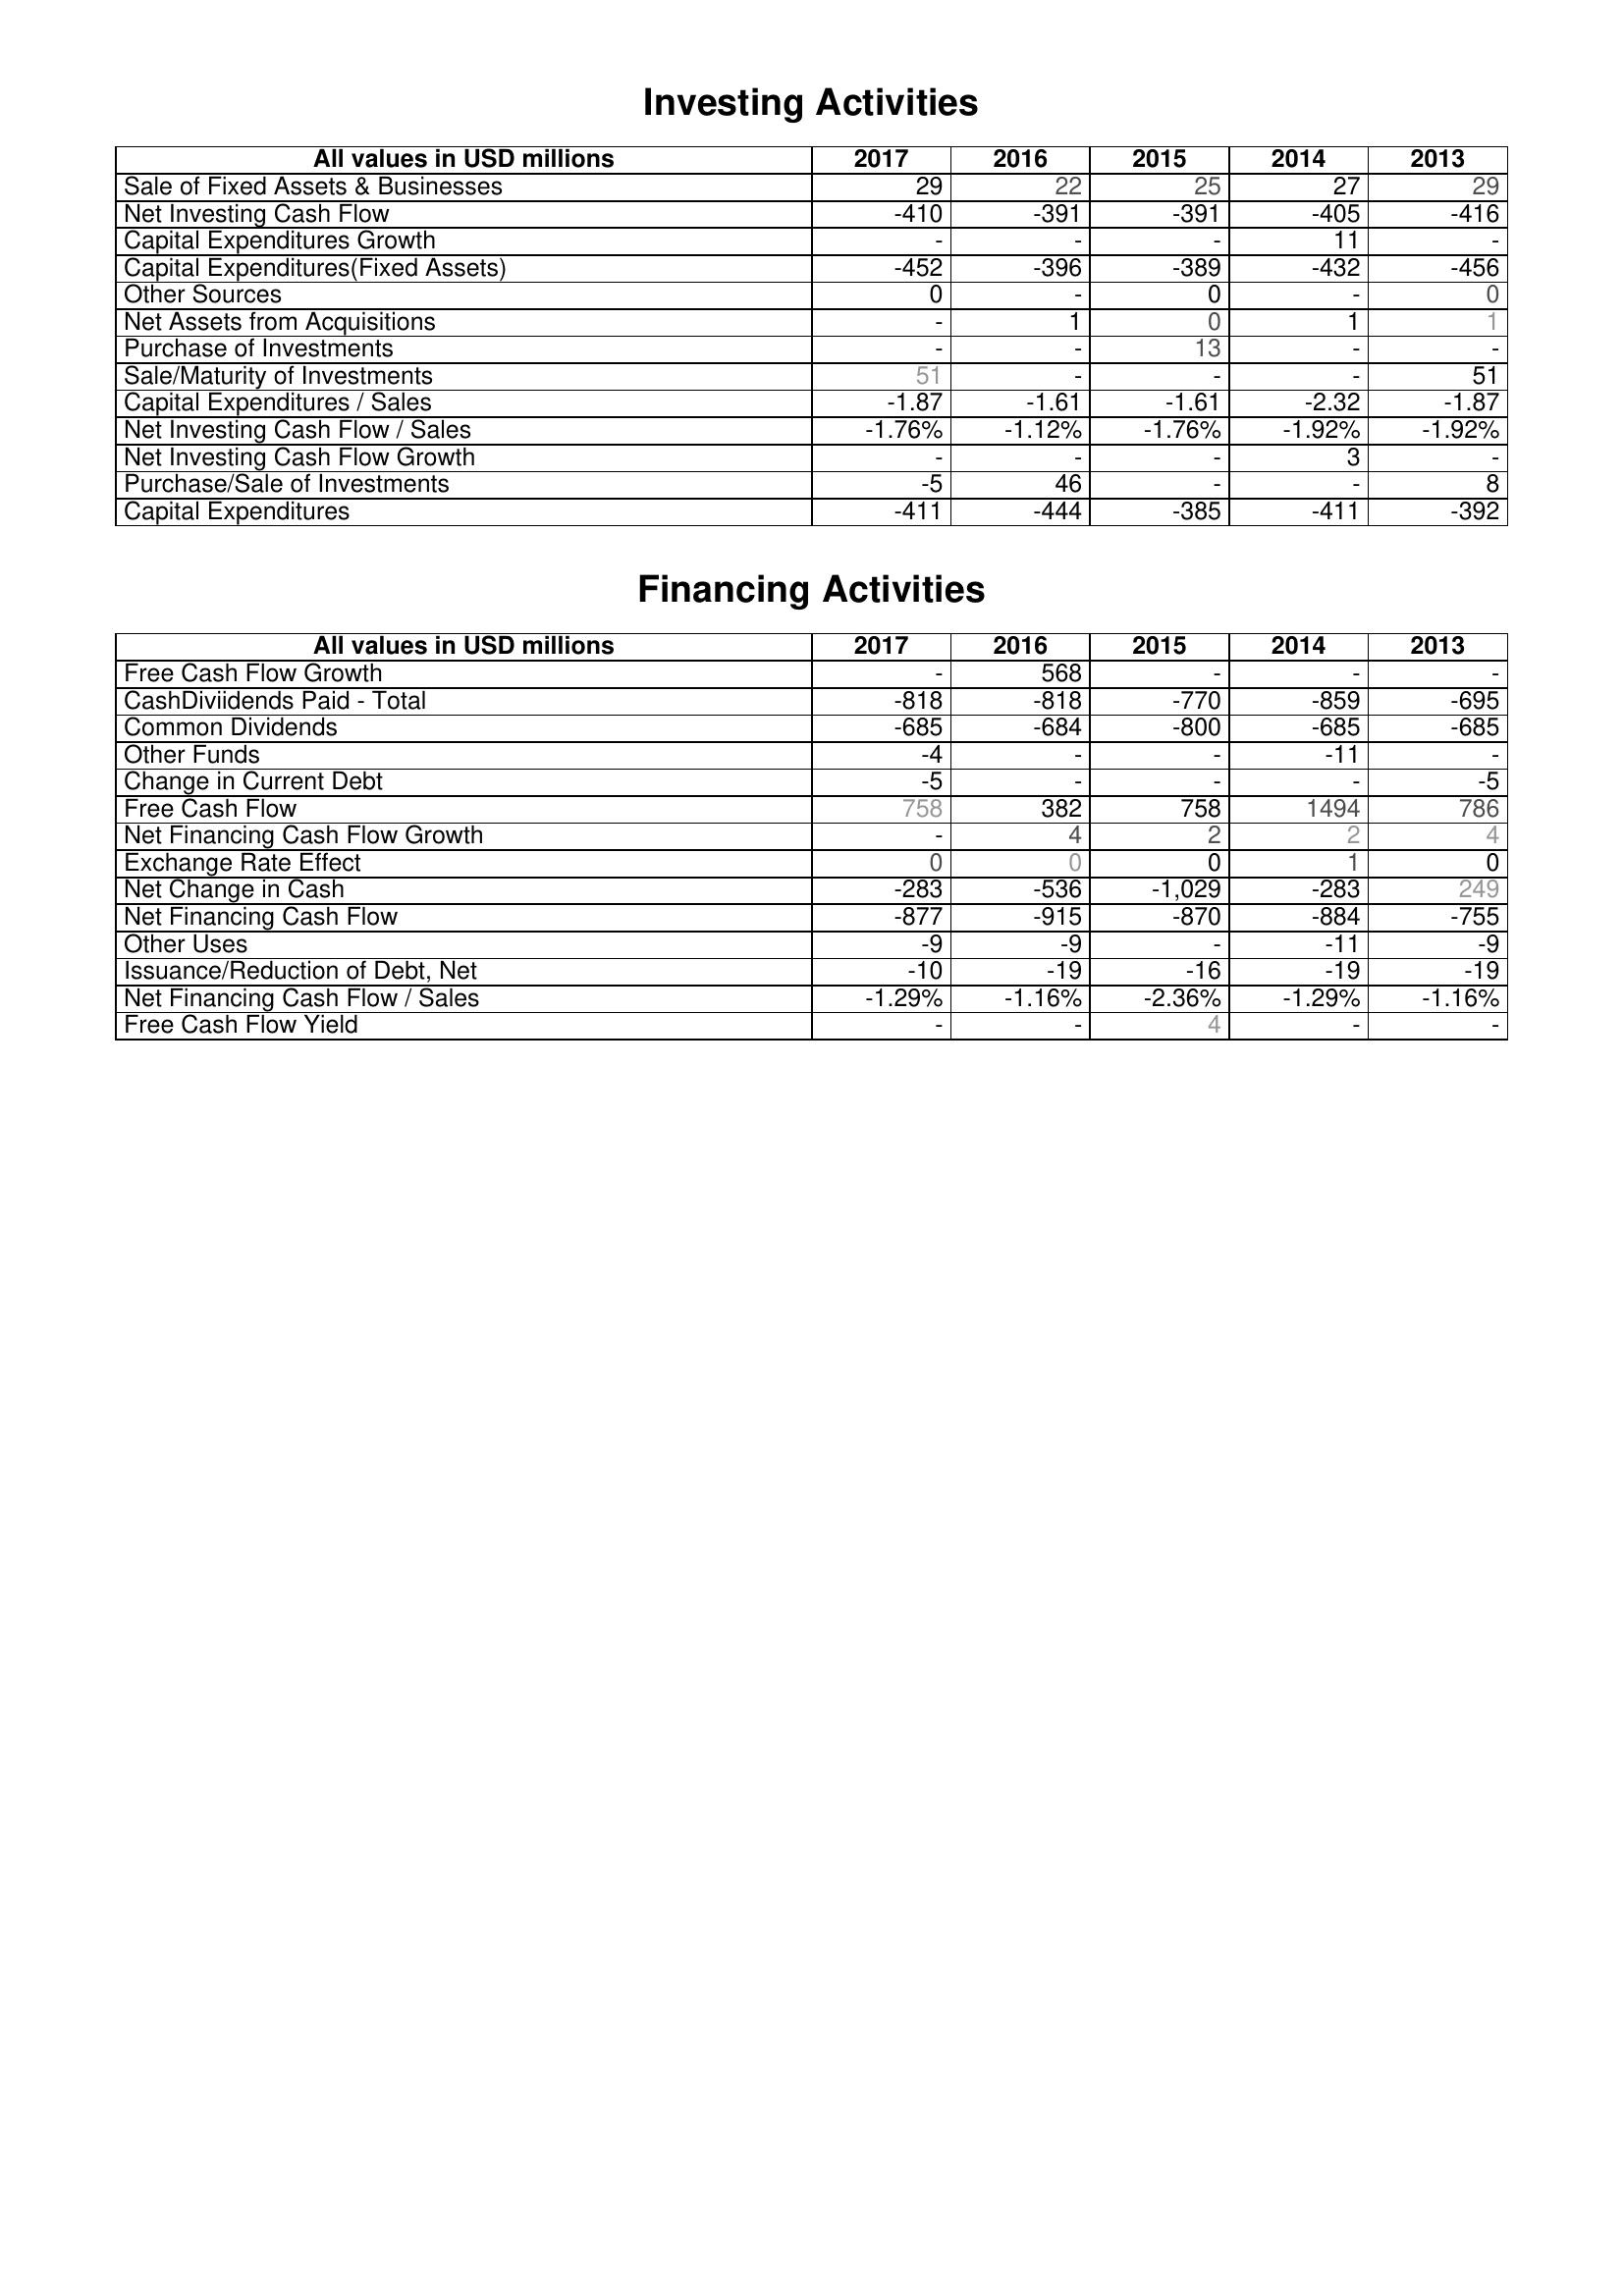
2017: Investing Activities: Sale of Fixed Assets & Businesses: 29
Net Investing Cash Flow: -410
Capital Expenditures Growth: -
Capital Expenditures(Fixed Assets): -452
Other Sources: 0
Net Assets from Acquisitions: -
Purchase of Investments: -
Sale/Maturity of Investments: 51
Capital Expenditures / Sales: -1.87
Net Investing Cash Flow / Sales: -1.76%
Net Investing Cash Flow Growth: -
Purchase/Sale of Investments: -5
Capital Expenditures: -411
Financing Activities: Free Cash Flow Growth: -
CashDiviidends Paid - Total: -818
Common Dividends: -685
Other Funds: -4
Change in Current Debt: -5
Free Cash Flow: 758
Net Financing Cash Flow Growth: -
Exchange Rate Effect: 0
Net Change in Cash: -283
Net Financing Cash Flow: -877
Other Uses: -9
Issuance/Reduction of Debt, Net: -10
Net Financing Cash Flow / Sales: -1.29%
Free Cash Flow Yield: -
2016: Investing Activities: Sale of Fixed Assets & Businesses: 22
Net Investing Cash Flow: -391
Capital Expenditures Growth: -
Capital Expenditures(Fixed Assets): -396
Other Sources: -
Net Assets from Acquisitions: 1
Purchase of Investments: -
Sale/Maturity of Investments: -
Capital Expenditures / Sales: -1.61
Net Investing Cash Flow / Sales: -1.12%
Net Investing Cash Flow Growth: -
Purchase/Sale of Investments: 46
Capital Expenditures: -444
Financing Activities: Free Cash Flow Growth: 568
CashDiviidends Paid - Total: -818
Common Dividends: -684
Other Funds: -
Change in Current Debt: -
Free Cash Flow: 382
Net Financing Cash Flow Growth: 4
Exchange Rate Effect: 0
Net Change in Cash: -536
Net Financing Cash Flow: -915
Other Uses: -9
Issuance/Reduction of Debt, Net: -19
Net Financing Cash Flow / Sales: -1.16%
Free Cash Flow Yield: -
2015: Investing Activities: Sale of Fixed Assets & Businesses: 25
Net Investing Cash Flow: -391
Capital Expenditures Growth: -
Capital Expenditures(Fixed Assets): -389
Other Sources: 0
Net Assets from Acquisitions: 0
Purchase of Investments: 13
Sale/Maturity of Investments: -
Capital Expenditures / Sales: -1.61
Net Investing Cash Flow / Sales: -1.76%
Net Investing Cash Flow Growth: -
Purchase/Sale of Investments: -
Capital Expenditures: -385
Financing Activities: Free Cash Flow Growth: -
CashDiviidends Paid - Total: -770
Common Dividends: -800
Other Funds: -
Change in Current Debt: -
Free Cash Flow: 758
Net Financing Cash Flow Growth: 2
Exchange Rate Effect: 0
Net Change in Cash: -1,029
Net Financing Cash Flow: -870
Other Uses: -
Issuance/Reduction of Debt, Net: -16
Net Financing Cash Flow / Sales: -2.36%
Free Cash Flow Yield: 4
2014: Investing Activities: Sale of Fixed Assets & Businesses: 27
Net Investing Cash Flow: -405
Capital Expenditures Growth: 11
Capital Expenditures(Fixed Assets): -432
Other Sources: -
Net Assets from Acquisitions: 1
Purchase of Investments: -
Sale/Maturity of Investments: -
Capital Expenditures / Sales: -2.32
Net Investing Cash Flow / Sales: -1.92%
Net Investing Cash Flow Growth: 3
Purchase/Sale of Investments: -
Capital Expenditures: -411
Financing Activities: Free Cash Flow Growth: -
CashDiviidends Paid - Total: -859
Common Dividends: -685
Other Funds: -11
Change in Current Debt: -
Free Cash Flow: 1494
Net Financing Cash Flow Growth: 2
Exchange Rate Effect: 1
Net Change in Cash: -283
Net Financing Cash Flow: -884
Other Uses: -11
Issuance/Reduction of Debt, Net: -19
Net Financing Cash Flow / Sales: -1.29%
Free Cash Flow Yield: -
2013: Investing Activities: Sale of Fixed Assets & Businesses: 29
Net Investing Cash Flow: -416
Capital Expenditures Growth: -
Capital Expenditures(Fixed Assets): -456
Other Sources: 0
Net Assets from Acquisitions: 1
Purchase of Investments: -
Sale/Maturity of Investments: 51
Capital Expenditures / Sales: -1.87
Net Investing Cash Flow / Sales: -1.92%
Net Investing Cash Flow Growth: -
Purchase/Sale of Investments: 8
Capital Expenditures: -392
Financing Activities: Free Cash Flow Growth: -
CashDiviidends Paid - Total: -695
Common Dividends: -685
Other Funds: -
Change in Current Debt: -5
Free Cash Flow: 786
Net Financing Cash Flow Growth: 4
Exchange Rate Effect: 0
Net Change in Cash: 249
Net Financing Cash Flow: -755
Other Uses: -9
Issuance/Reduction of Debt, Net: -19
Net Financing Cash Flow / Sales: -1.16%
Free Cash Flow Yield: -